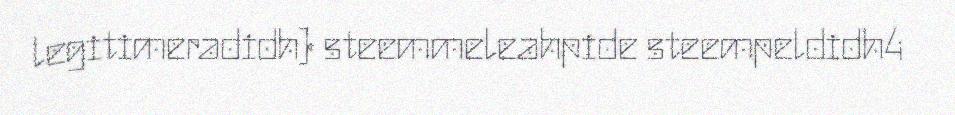
legitimeradidh) steemmeleahpide steempeldidh4